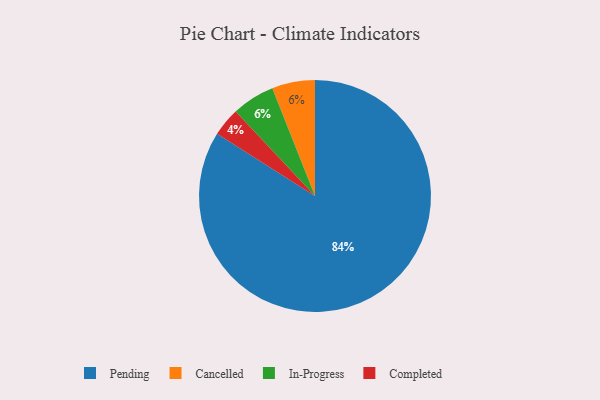
{"axis": {"x": "Category", "y": "Percentage"}, "legend": ["Cancelled", "Completed", "In-Progress", "Pending"], "data": [{"x": "Completed", "y": 4, "type": "Completed"}, {"x": "Cancelled", "y": 6, "type": "Cancelled"}, {"x": "Pending", "y": 84, "type": "Pending"}, {"x": "In-Progress", "y": 6, "type": "In-Progress"}]}